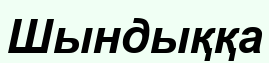
Шындыққа